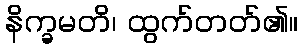
နိက္ခမတိ၊ ထွက်တတ်၏။